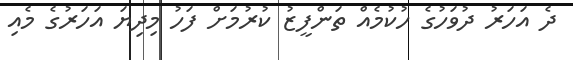
ދެ އަހަރު ދުވަހުގެ ހުކުމެއް ތަންފީޒު ކުރުމަށް ފަހު މިދިޔަ އަހަރުގެ މެއި